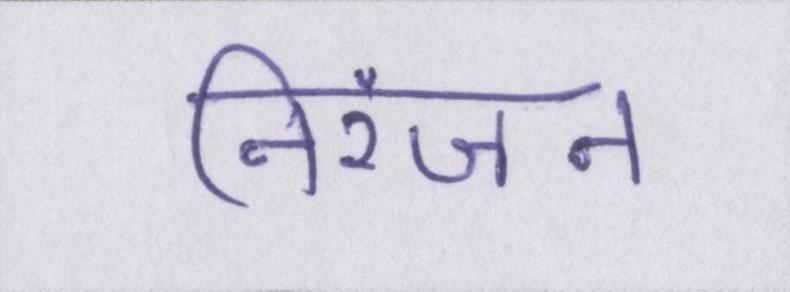
निरंजन